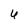
Character: 4